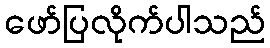
ဖော်ပြလိုက်ပါသည်